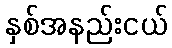
နှစ်အနည်းငယ်